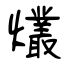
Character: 爜